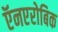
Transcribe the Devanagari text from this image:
ऍनएरोबिक